Lock hospitals Punjab
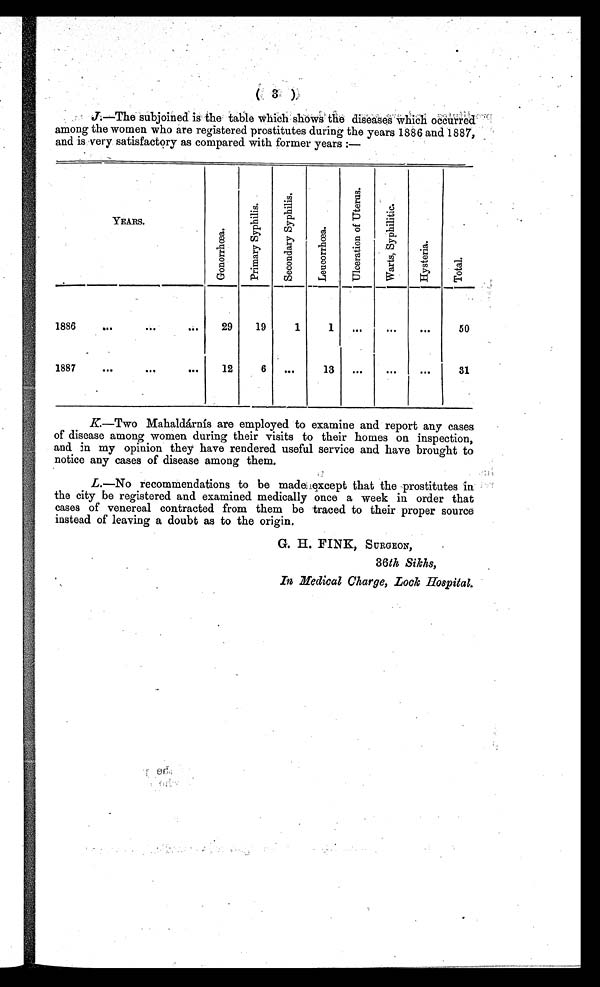
J.—The subjoined is the table which shows the diseases which occurred
among the women who are registered prostitutes during the years 1886 and 1887,
and is very satisfactory as compared with former years :—
YEARS.
G o n o r r h œ a .
P r i m a r y S y p h i l i s .
S e c o n d a r y S y p h i l i s .
L e u c o r r h œ a .
U l c e r a t i o n o f I t e r u s .
W a r t s , S y p h i l i t i c .
H y s t e r i a .
T o t a l .
1886
. . .
. . .
. . .
29
19
1
1
. . .
. . .
. . .
50
1887
. . .
. . .
. . .
12
6
. . .
13
. . .
. . .
. . .
31
K—Two Mahaldárnís are employed to examine and report any cases
of disease among women during their visits to their homes on inspection,
and in my opinion they have rendered useful service and have brought to
notice any cases of disease among them.
L.—No recommendations to be made except that the prostitutes in
the city be registered and examined medically once a week in order that
cases of venereal contracted from them be traced to their proper source
instead of leaving a doubt as to the origin.
G. H. FINK, SURGEON,
36th Sikhs,
In Medical Charge, Lock Hospital.